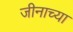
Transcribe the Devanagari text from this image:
जीनाच्या